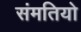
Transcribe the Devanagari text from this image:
संमतियो